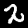
Digit: 2